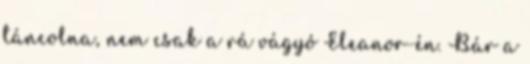
táncolna, nem csak a rá vágyó Eleanor-én. Bár a